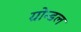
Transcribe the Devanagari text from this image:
ग्रोन्डल